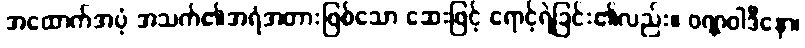
အထောက်အပံ့ အသက်၏အရံအတားဖြစ်သော ဆေးဖြင့် ရောင့်ရဲခြင်း၏လည်း။ ဝဏ္ဏဝါဒီနော၊